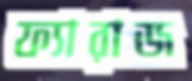
ফ্যারাজ